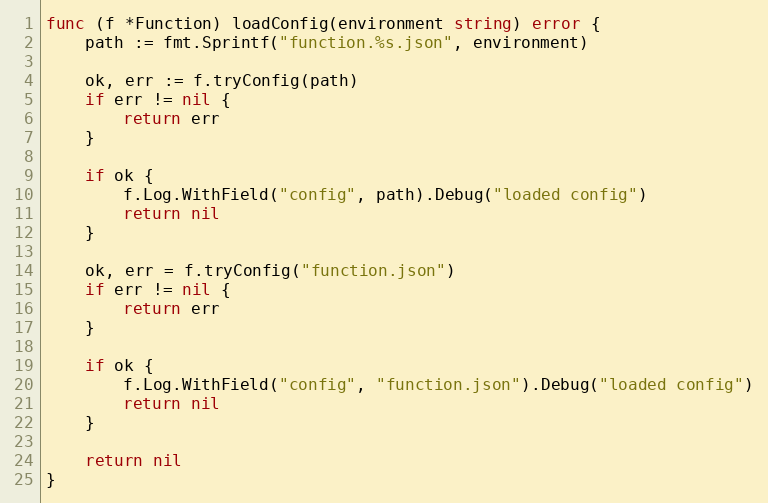
Language: Go
func (f *Function) loadConfig(environment string) error {
	path := fmt.Sprintf("function.%s.json", environment)

	ok, err := f.tryConfig(path)
	if err != nil {
		return err
	}

	if ok {
		f.Log.WithField("config", path).Debug("loaded config")
		return nil
	}

	ok, err = f.tryConfig("function.json")
	if err != nil {
		return err
	}

	if ok {
		f.Log.WithField("config", "function.json").Debug("loaded config")
		return nil
	}

	return nil
}